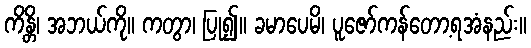
ကိန္တိ၊ အဘယ်ကို။ ကတွာ၊ ပြု၍။ ခမာပေမိ၊ ပူဇော်ကန်တော့ရအံနည်း။